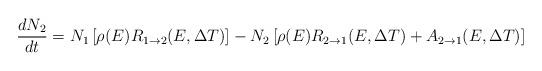
LaTeX: \begin{align*}\frac{dN_{2}}{dt}= N_{1}\left[\rho(E) R_{1\rightarrow 2}(E,\Delta T)\right]-N_{2}\left[\rho(E)R_{2\rightarrow 1}(E,\Delta T)+A_{2\rightarrow 1}(E,\Delta T)\right] \end{align*}